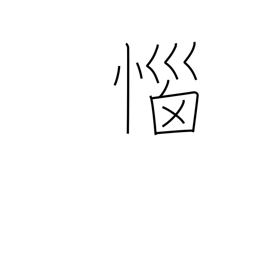
Meaning: angered